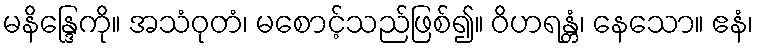
မနိန္ဒြေကို။ အသံဝုတံ၊ မစောင့်သည်ဖြစ်၍။ ဝိဟရန္တံ၊ နေသော။ ဧနံ၊